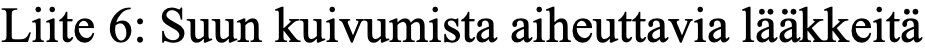
Liite 6: Suun kuivumista aiheuttavia lääkkeitä